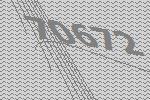
70672